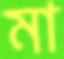
মা